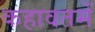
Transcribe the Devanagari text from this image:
कहावतमें